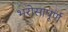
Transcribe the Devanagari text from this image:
भरोसापूर्ण